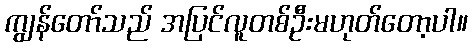
ကျွန်တော်သည် အပြင်လူတစ်ဦးမဟုတ်တော့ပါ။